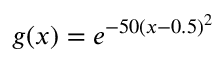
g ( x ) = e ^ { - 5 0 ( x - 0 . 5 ) ^ { 2 } }